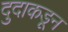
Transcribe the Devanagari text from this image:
दुदाकडून